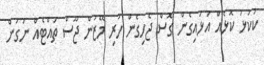
ކުކުޅު ކޮޅެއް އަޅައިގެން ގޮސް ޖެހިގެން ހުރި މޭޒުން ޖޫސް ތައްޓެއް ނަގަން